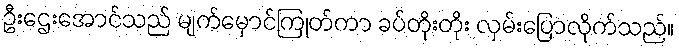
ဦးဌေးအောင်သည် မျက်မှောင်ကြုတ်ကာ ခပ်တိုးတိုး လှမ်းပြောလိုက်သည်။